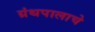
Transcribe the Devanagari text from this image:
ग्रंथपालाचे